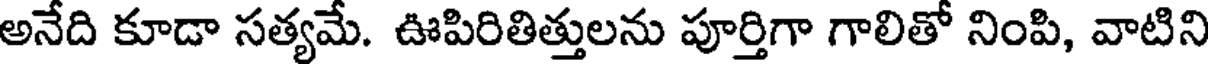
అనేది కూడా సత్యమే. ఊపిరితిత్తులను పూర్తిగా గాలితో నింపి, వాటిని